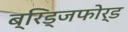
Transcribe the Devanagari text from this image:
ब्रिड्जफोर्ड